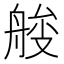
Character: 𦩇